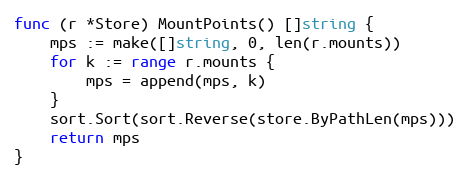
Language: Go
func (r *Store) MountPoints() []string {
	mps := make([]string, 0, len(r.mounts))
	for k := range r.mounts {
		mps = append(mps, k)
	}
	sort.Sort(sort.Reverse(store.ByPathLen(mps)))
	return mps
}